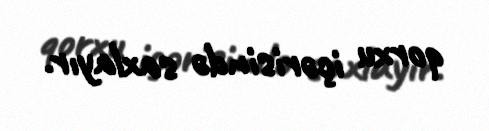
qorxu içərisində saxlayır.